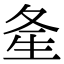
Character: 㚅